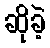
ဆိုခဲ့